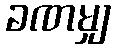
ခဏမျှ